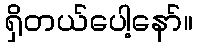
ရှိတယ်ပေါ့နော်။